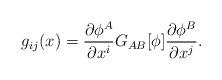
LaTeX: \begin{align*}g_{ij}(x)=\frac{\partial\phi^{A}}{\partial x^{i}}G_{AB}[\phi]\frac{\partial\phi^{B}}{\partial x^{j}}.\end{align*}